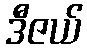
ဒီဇယ်